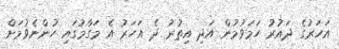
އަހަރުގެ ދައުރު ހަމަވުމުން އަދި އިތުރު ދެ އަހަރު އެ މަގާމުގައި ހުންނެވުމަށް